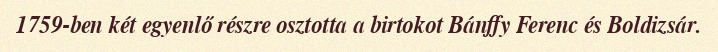
1759-ben két egyenlő részre osztotta a birtokot Bánffy Ferenc és Boldizsár.